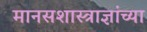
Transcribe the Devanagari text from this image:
मानसशास्त्राज्ञांच्या